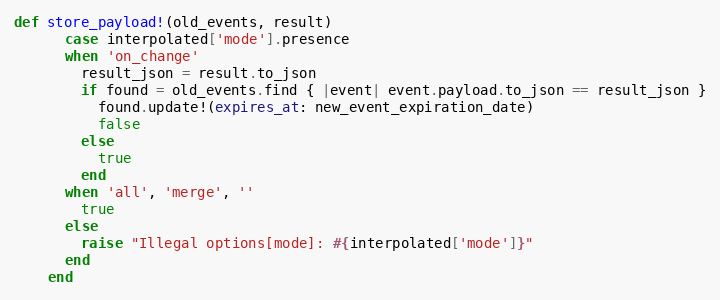
Language: Ruby
def store_payload!(old_events, result)
      case interpolated['mode'].presence
      when 'on_change'
        result_json = result.to_json
        if found = old_events.find { |event| event.payload.to_json == result_json }
          found.update!(expires_at: new_event_expiration_date)
          false
        else
          true
        end
      when 'all', 'merge', ''
        true
      else
        raise "Illegal options[mode]: #{interpolated['mode']}"
      end
    end